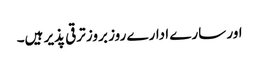
اور سارے ادارے روز بروز ترقی پذیر ہیں۔